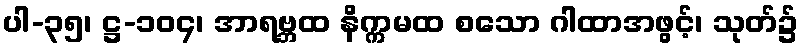
ပါ-၃၅၊ ဋ္ဌ-၁၀၄၊ အာရဗ္ဘထ နိက္ကမထ စသော ဂါထာအဖွင့်၊ သုတ်၌